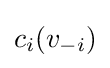
c_{i}(v_{-i})